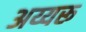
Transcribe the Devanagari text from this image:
अय्यरू